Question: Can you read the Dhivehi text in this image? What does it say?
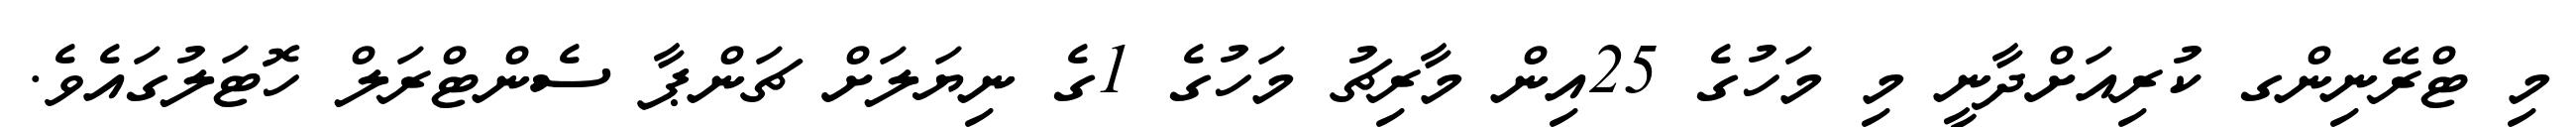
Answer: މި ޓްރޭނިންގ ކުރިއަށްދާނީ މި މަހުގެ 25އިން މާރިޗު މަހުގެ 1ގެ ނިޔަލަށް ޗަންޕާ ސެންޓްރަލް ހޮޓަލުގައެވެ.